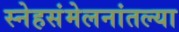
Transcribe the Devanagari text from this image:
स्नेहसंमेलनांतल्या